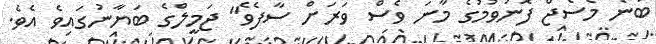
ބުނެ މެސެޖް ފޮނުވުމުގެ މާނަ ވެސް ވަރަށް ސާފެވެ" ޖަމީލްގެ ބަޔާނުގައިވެ އެވެ.